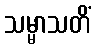
သမ္မာသတိံ